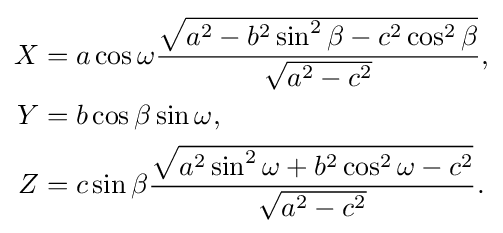
{\begin{aligned}X&=a\cos \omega {\frac {\sqrt {a^{2}-b^{2}\sin ^{2}\beta -c^{2}\cos ^{2}\beta }}{\sqrt {a^{2}-c^{2}}}},\\Y&=b\cos \beta \sin \omega ,\\Z&=c\sin \beta {\frac {\sqrt {a^{2}\sin ^{2}\omega +b^{2}\cos ^{2}\omega -c^{2}}}{\sqrt {a^{2}-c^{2}}}}.\end{aligned}}